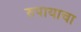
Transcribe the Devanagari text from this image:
रुपायाचा